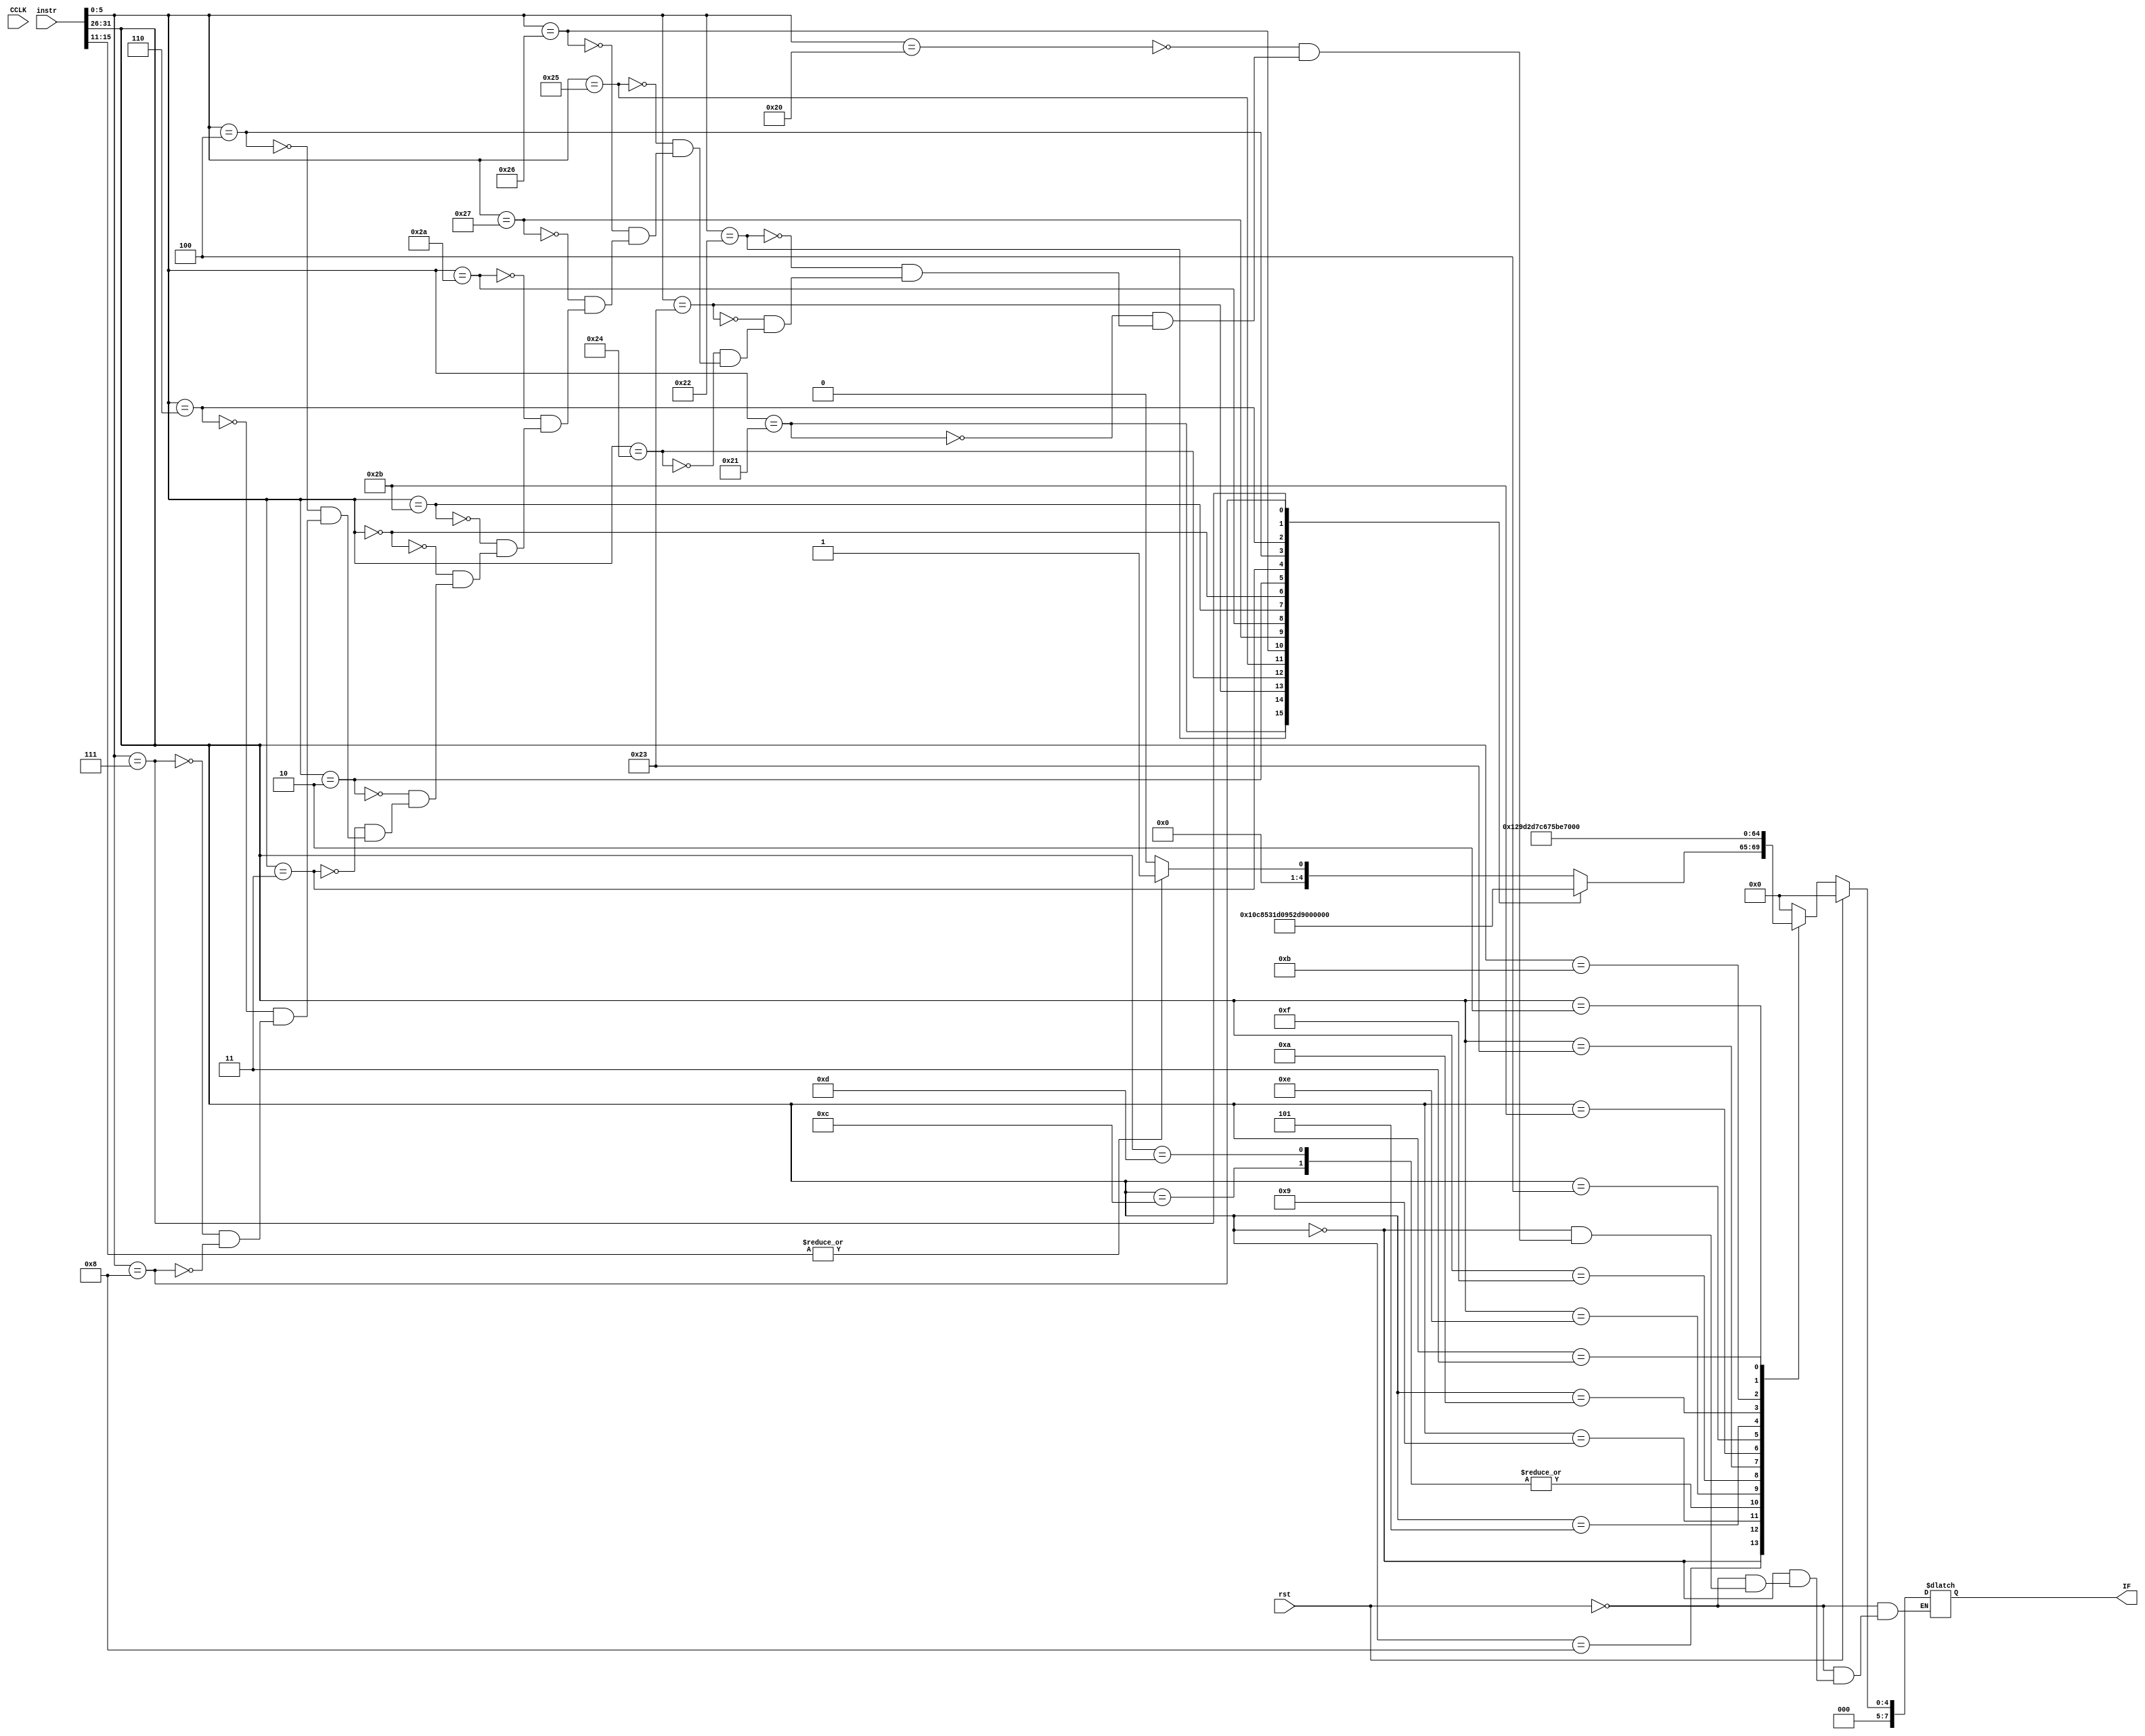
module exin(CCLK,rst,instr,IF
    );
	input CCLK,rst;
	input [31:0] instr;
	output reg [7:0] IF;
	always @(*)
	begin
	if (rst)
		IF=8'd0;
	else
		case(instr[31:26])
		6'b000000:
		begin 
			case(instr[5:0])
			6'b100000:
			begin
				IF=(|instr[15:11])?8'd1:8'h0;//add 01
			end
			6'b100001:IF=8'd2;//addui 02
			6'b100010:IF=8'd3;//sub 03
			6'b100011:IF=8'd4;//subu 04
			6'b100100:IF=8'd5;//and 05
			6'b100101:IF=8'd6;//or 06
			6'b100110:IF=8'd7;//xor 07
			6'b100111:IF=8'd8;//nor 08
			6'b101010:IF=8'd9;//slt 09
			6'b101011:IF=8'd10;//sltu 0a
			6'b000000:IF=8'd11;//sll 0b
			6'b000010:IF=8'd12;//srl 0c
			6'b000011:IF=8'd13;//sra 0d
			6'b000100:IF=8'd14;//sllv 0e
			6'b000110:IF=8'd15;//srlv 0f
			6'b000111:IF=8'd16;//srav 10
			6'b001000:IF=8'd17;//jr 11
			endcase
		end
		6'b001000:IF=8'd18;//addi 12
		6'b001001:IF=8'd19;//addui 13
		6'b001100:IF=8'd20;//andi 14
		6'b001101:IF=8'd20;//ori 15
		6'b001110:IF=8'd22;//xori 16
		6'b001111:IF=8'd23;//lui 17
		6'b100011:IF=8'd24;//lw 18
		6'b101011:IF=8'd25;//sw 19
		6'b000100:IF=8'd26;//beq 1a
		6'b000101:IF=8'd27;//bne 1b
		6'b001010:IF=8'd28;//slti 1c
		6'b001011:IF=8'd29;//sltiu 1d
		6'b000010:IF=8'd30;//j 1e
		6'b000011:IF=8'd31;//jal 1f
		default:IF=8'd0;
		endcase
	end
endmodule